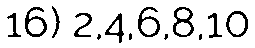
16) 2,4,6,8,10